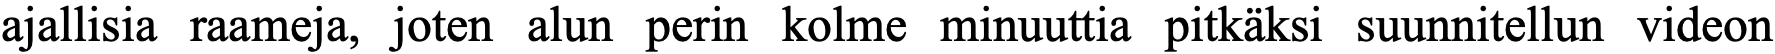
ajallisia raameja, joten alun perin kolme minuuttia pitkäksi suunnitellun videon